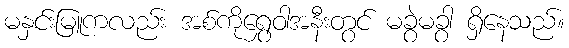
မနှင်းမြူကလည်း အစ်ကိုရွှေဝါအနီးတွင် မခွဲမခွာ ရှိနေသည်။